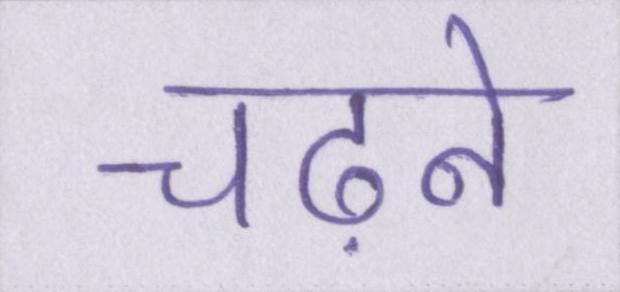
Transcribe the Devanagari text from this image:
चढ़ने